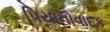
પિયાનોવાદક